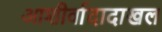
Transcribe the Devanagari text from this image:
आशीर्वादादाखल